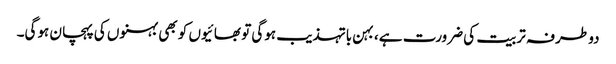
دو طرفہ تربیت کی ضرورت ہے، بہن باتہذیب ہوگی تو بھائیوں کو بھی بہنوں کی پہچان ہوگی۔